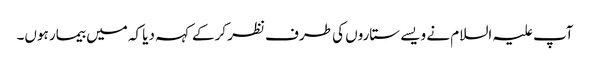
آپ علیہ السلام نے ویسے ستاروں کی طرف نظر کرکے کہہ دیا کہ میں بیمار ہوں۔